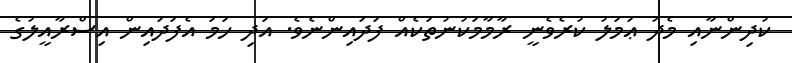
ކުދިންނާއި މެދު ޢަމަލު ކުރެވެނީ ރާމާމަކުނުތަކެއް ފަދައިންނެވެ. އަދި ހަަމަ އެފަދައިން އިސްރާއީލުގެ